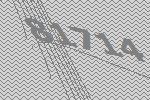
81714